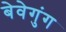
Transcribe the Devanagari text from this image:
बेवेगुंग